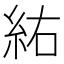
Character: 𮈆